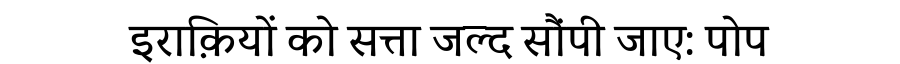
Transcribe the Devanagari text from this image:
इराक़ियों को सत्ता जल्द सौंपी जाए: पोप